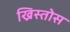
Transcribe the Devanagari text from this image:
ख्रिस्‍तोस